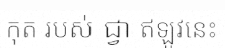
កុត របស់ ជ្វា ឥឡូវនេះ